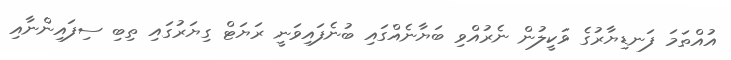
އުއްތަމަ ފަނޑިޔާރުގެ ވަކީލުން ނެރުއްވި ބަޔާނެއްގައި ބުނެފައިވަނީ ރަޔަޓް ގިޔަރުގައި ތިބި ސިފައިންނާއި